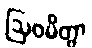
ဩဝမိတွာ